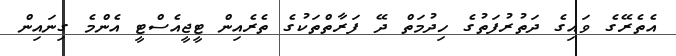
އެތެރޭގެ ވައިގެ ދަތުރުފަތުގެ ހިދުމަތް ދޭ ފަރާތްތަކުގެ ތެރެއިން ޓީޖީއެސްޓީ އެންމެ ގިނައިން